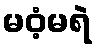
မဝံ့မရဲ